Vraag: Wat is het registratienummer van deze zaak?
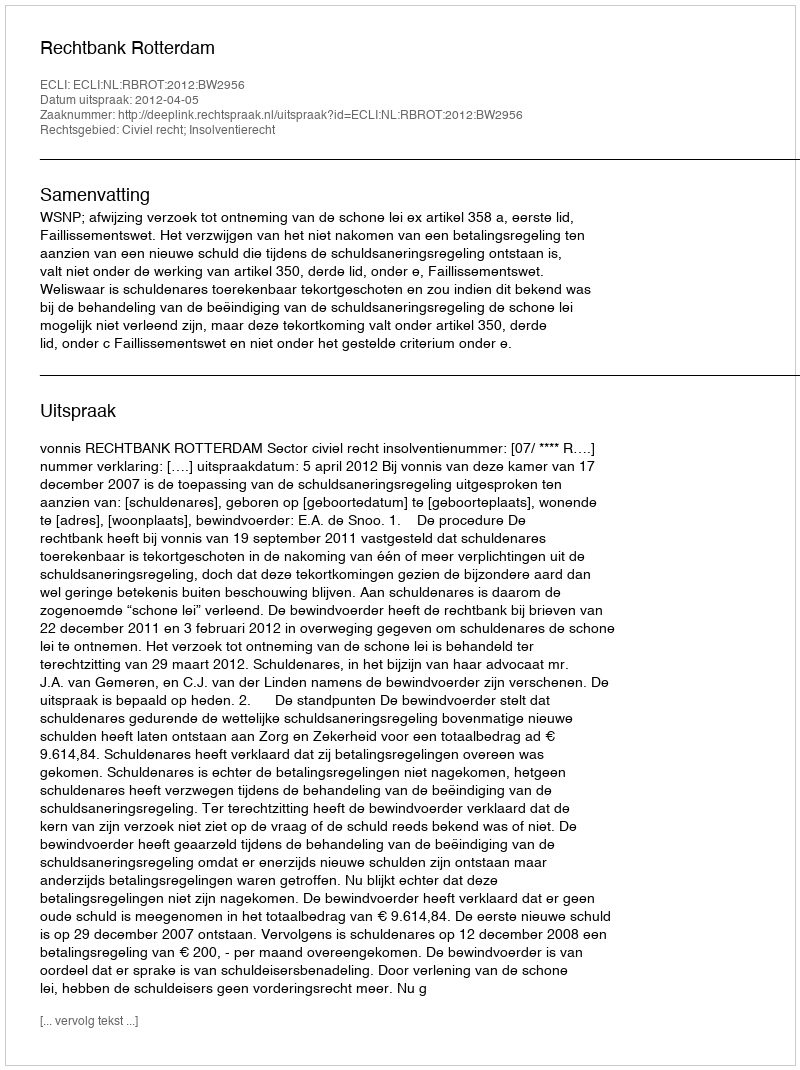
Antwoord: http://deeplink.rechtspraak.nl/uitspraak?id=ECLI:NL:RBROT:2012:BW2956